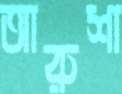
আরুশা